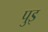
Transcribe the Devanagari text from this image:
पुइ